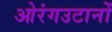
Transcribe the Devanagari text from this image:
ओरंगउटानों